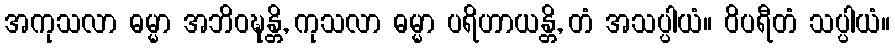
အကုသလာ ဓမ္မာ အဘိဝဍ္ဎန္တိ, ကုသလာ ဓမ္မာ ပရိဟာယန္တိ, တံ အသပ္ပါယံ။ ဝိပရီတံ သပ္ပါယံ။